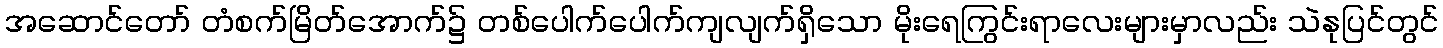
အဆောင်တော် တံစက်မြိတ်အောက်၌ တစ်ပေါက်ပေါက်ကျလျက်ရှိသော မိုးရေကြွင်းရာလေးများမှာလည်း သဲနုပြင်တွင်